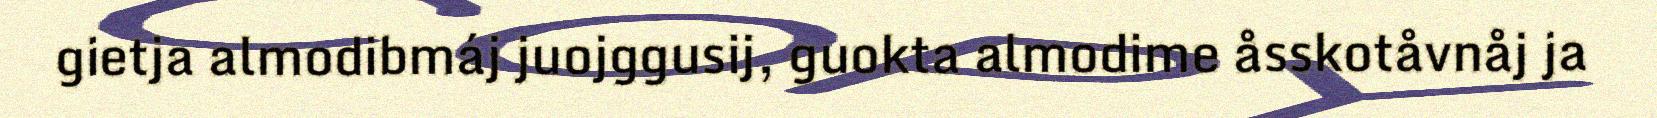
gietja almodibmáj juojggusij, guokta almodime åsskotåvnåj ja